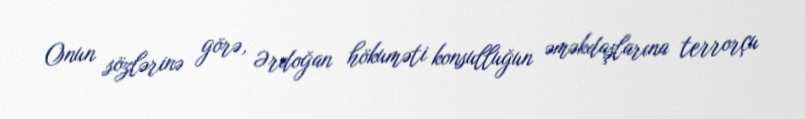
Onun sözlərinə görə, Ərdoğan hökuməti konsulluğun əməkdaşlarına terrorçu